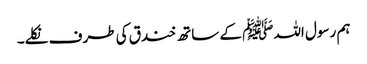
ہم رسول اللہﷺ کے ساتھ خندق کی طرف نکلے۔